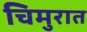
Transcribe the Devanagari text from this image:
चिमुरात